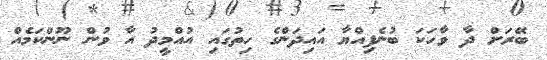
ބޭރަށް ދާ ވާހަކަ ބުނެފިއްޔާ އައިދަންގެ ހިތުގައި އުއްމީދު އާ ވުން ނޫންކަމެއް